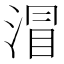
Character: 㴘